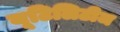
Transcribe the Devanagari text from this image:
यूटिलिटीज